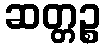
ဆတ္တဉ္စ